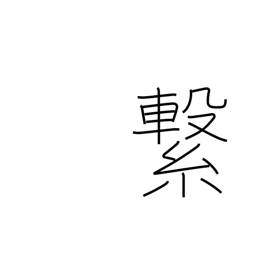
Meaning: tie